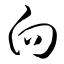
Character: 向